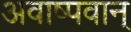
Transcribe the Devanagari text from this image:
अवाष्पवान्‌